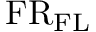
\mathrm { F R } _ { \mathrm { F L } }